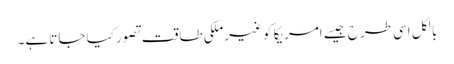
بالکل اسی طرح جیسے امریکا کو غیرملکی طاقت تصور کیا جاتا ہے۔